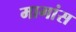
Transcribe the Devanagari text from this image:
मागांस